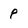
Character: p